Scottish Certificate of Education, 1962
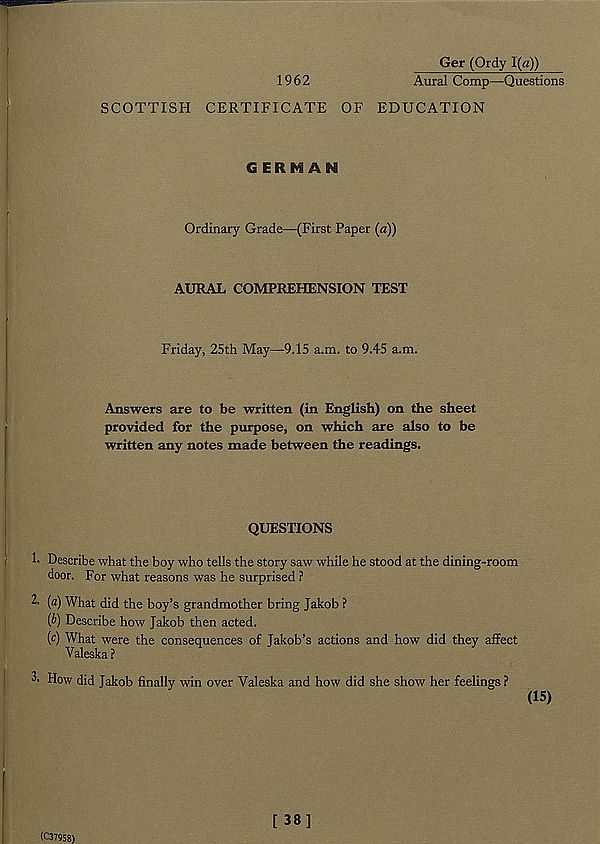
1962
Ger (Ordy !(«))
Aural Comp—Questions
SCOTTISH CERTIFICATE OF EDUCATION
GERMAN
Ordinary Grade—(First Paper (a))
AURAL COMPREHENSION TEST
Friday, 25th May—9.15 a.m. to 9.45 a.m.
Answers are to be written (in English) on the sheet
provided for the purpose, on which are also to be
written any notes made between the readings.
QUESTIONS
1. Describe what the boy who tells the story saw while he stood at the dining-room
door. For what reasons was he surprised ?
2. (a) What did the boy’s grandmother bring Jakob ?
(b) Describe how Jakob then acted.
(c) What were the consequences of Jakob’s actions and how did they affect
Valeska ?
3. How did Jakob finally win over Valeska and how did she show her feelings ?
(15)
(C37958)
[ 38]